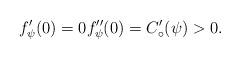
LaTeX: \begin{align*} f'_\psi(0)=0 f''_\psi(0) = C'_\circ (\psi) >0. \end{align*}